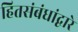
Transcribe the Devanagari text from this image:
हितसंबंधांद्वारे